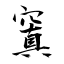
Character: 窴